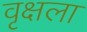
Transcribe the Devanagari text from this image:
वृक्षला